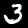
Label: 3